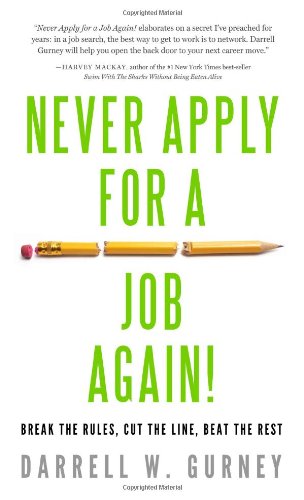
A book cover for Never Apply for a Job Again!: Break the Rules, Cut the Line, Beat the Rest; Darrell Gurney; Business & Money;